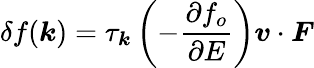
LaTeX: \delta f(\boldsymbol{k})=\tau_{\boldsymbol{k}}\left(-\frac{\partial f_{o}}{\partial E}\right)\boldsymbol{v}\cdot\boldsymbol{F}